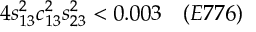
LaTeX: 4 s _ { 1 3 } ^ { 2 } c _ { 1 3 } ^ { 2 } s _ { 2 3 } ^ { 2 } < 0 . 0 0 3 ~ ~ ~ ( E 7 7 6 )